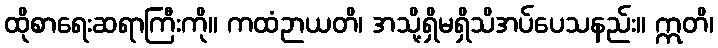
ထိုစာရေးဆရာကြီးကို။ ကထံဉာယတိ၊ အသို့ရှိမရှိသိအပ်ပေသနည်း။ ဣတိ၊